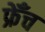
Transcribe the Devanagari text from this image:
फ्रेँच